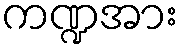
ကဏ္ဍအား